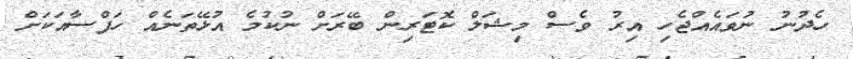
ހެދުނު ނުވައެއްޖެހި އިރު ވެސް މިޝަލް ކޮޓަރިން ބޭރަށް ނުކުމެ އުޅޭތަނެއް ހަފްސާއަކަށް